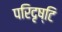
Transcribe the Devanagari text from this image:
परिदृष्टि